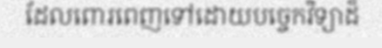
ដែលពោរពេញទៅដោយបច្ចេកវិទ្យាដ៏